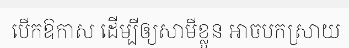
បើកឱកាស ដើម្បីឲ្យសាមីខ្លួន អាចបកស្រាយ